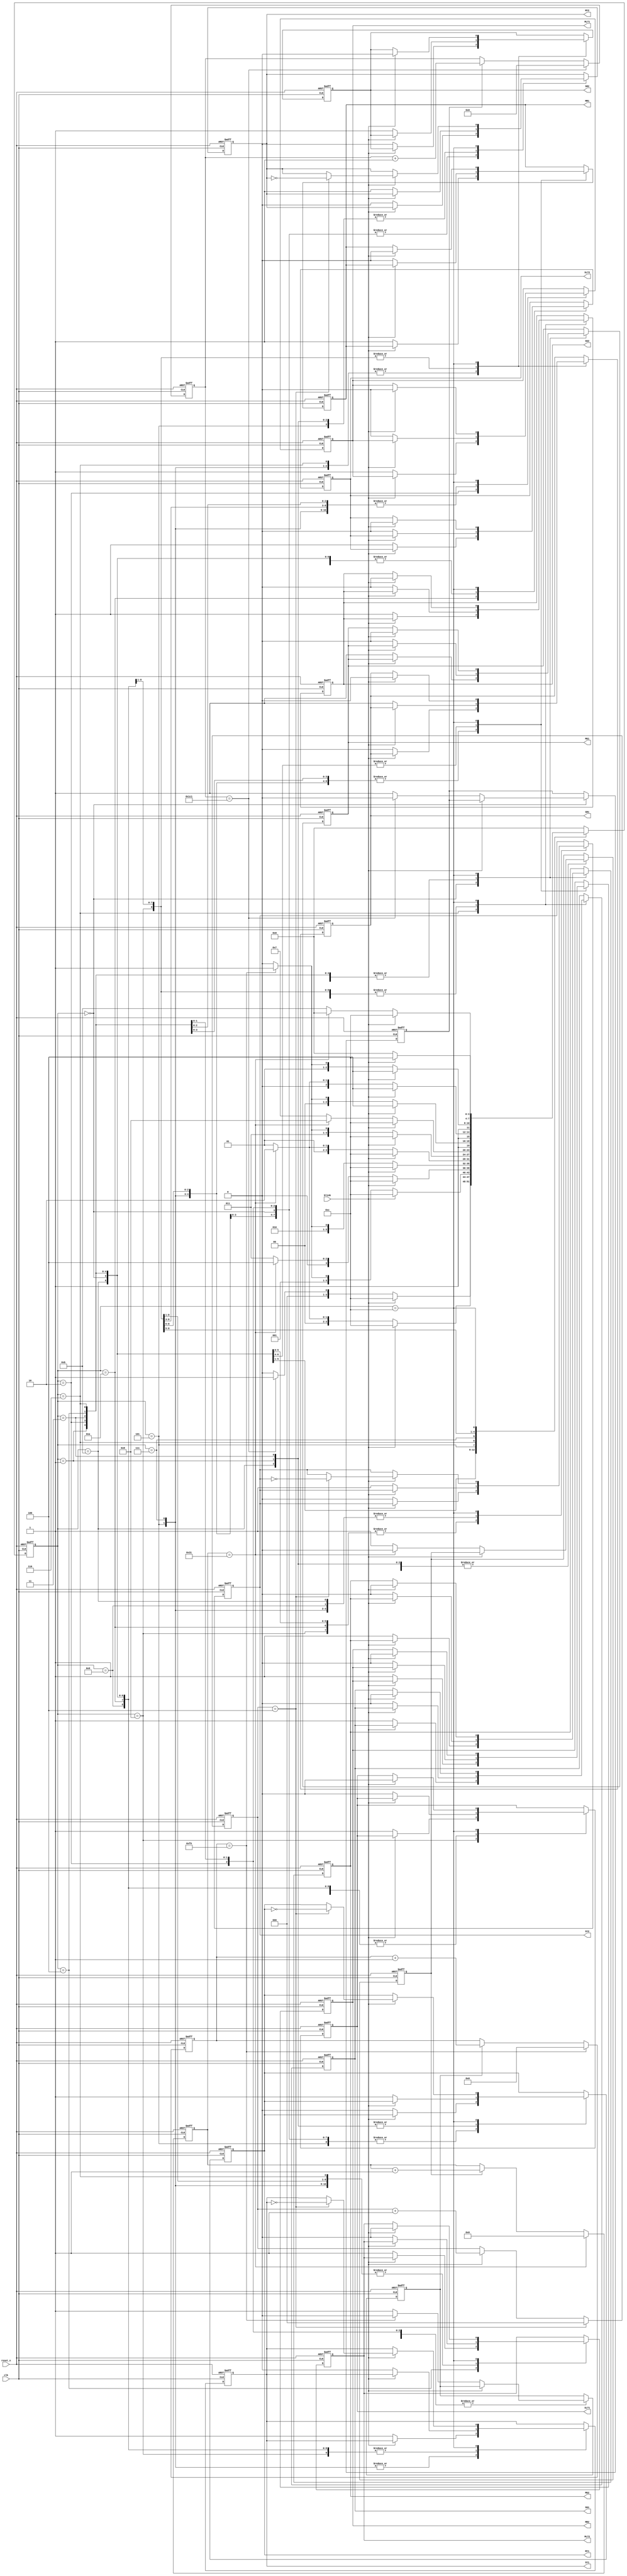
`timescale 1ns / 1ps
 
// Define the states of the controller. 
    `define S0 4'd0 
    `define S1 4'd1 
    `define S2 4'd2 
    `define S3 4'd3 
    `define S4 4'd4 
    `define S5 4'd5 
    `define S6 4'd6 
    `define S7 4'd7 
    `define S8 4'd8 
    `define S9 4'd9 
    `define S10 4'd10 
    `define S11 4'd11 
    `define S12 4'd12 
    
   
    `define load_cnt2 9'd449 
     // This is the Timer 1 count value in units of 0.1 s providing 45 s delay. 
    `define load_cnt3 6'd49 
     // This is the Timer 2 count value in units of 0.1 s providing 5 s delay. 
    `define load_cnt4 8'd249 
     // This is the Timer 3 count value in units of 0.1 s providing 25 s delay. 
    `define load_cnt5 3'd4 
     // This is the Timer 4 count value in units of 0.1 s providing 0.5 s delay. 
     // Change these if you desire different timings. 
module traffic_controller ( clk, 
     reset_n, 
     MR1, // Main Red 1 
     MR2, // Main Red 2 
     MY1, // Main Yellow 1 
     MY2, // Main Yellow 2 
     MG1, // Main Green 1 
     MG2, // Main Green 2 
     MLT1, // Main Left 1 
     MLT2, // Main Left 2 
     SR1, // Side Red 1 
     SR2, // Side Red 2 
     SY1, // Side Yellow 1 
     SY2, // Side Yellow 2 
     SG1, // Side Green 1 
     SG2, // Side Green 2 
     SLT1, // Side Left 1 
     SLT2, // Side Left 2 
     blink 
); 
// Declare inputs/outputs. 
    input clk ; 
    input reset_n ; 
    input blink ; 
    output MG1 ; // Traffic lights, main green, 
    output MG2 ; // etc. are declared as outputs. 
    output MY1 ; 
    output MY2 ; 
    output MR1 ; 
    output MR2 ; 
    output MLT1 ; //Outputs for Main road left turn. 
    output MLT2 ; 
    output SR1 ; 
    output SR2 ; 
    output SY1 ; 
    output SY2 ; 
    output SG1 ; 
    output SG2 ; 
    output SLT1 ; //Outputs for Side road left turn. 
    output SLT2 ; 
     
    // Declare nets (combinational circuit outputs). 
    wire [8:0] cnt2_next; 
    wire [5:0] cnt3_next; 
    wire [7:0] cnt4_next; 
    wire [2:0] cnt5_next; 
    // Declare registered signals. 
    //reg [21:0] cnt1_reg ; 
    reg [8:0] cnt2_reg ; 
    reg [5:0] cnt3_reg ; 
    reg [7:0] cnt4_reg ; 
    reg [2:0] cnt5_reg ; 
    reg start_timer_1 ;  //45
    reg start_timer_2 ;  //25
    reg start_timer_3 ;  //5
    reg [3:0] state ; 
    reg MR1 ; 
    reg MR2 ; 
    reg MY1 ; 
    reg MY2 ; 
    reg MG1 ; 
    reg MG2 ; 
    reg MLT1 ; 
    reg MLT2 ; 
    reg SR1 ; 
    reg SR2 ; 
    reg SY1 ; 
    reg SY2 ; 
    reg SG1 ; 
    reg SG2 ; 
    reg SLT1 ; 
    reg SLT2 ; 
    // Timer implementation
    /* 
    This is the Timer 1, programmed for 45 s in order to facilitate the smooth running of the main road traffic. 
    */ 
    
    assign cnt2_next = cnt2_reg + 1 ; // Pre-increment the counter. 
    always @ (posedge clk or negedge reset_n) 
    begin 
    if (reset_n == 1'b0) 
        cnt2_reg <= 9'd0 ; // Initialize when the system is reset. 
    else if (cnt2_reg == `load_cnt2) 
        cnt2_reg <= 9'd0 ; // Reset if terminal count is reached. 
    else if (start_timer_1 == 1'b1) 
        cnt2_reg <= cnt2_next ; 
    // 45 s timer - advance the count once if 
    // the timer is still running. 
    else 
        cnt2_reg <= cnt2_reg ; // Otherwise, don't disturb. 
    end 
    /* 
     This is the Timer 2, programed for 5 s (activating yellow lights) for the 
     smooth transition while switching from one traffic to another. 
    */ 
    assign cnt3_next = cnt3_reg + 1 ; // Pre-increment the counter. 
    always @ (posedge clk or negedge reset_n) 
    begin 
     if (reset_n == 1'b0) 
        cnt3_reg <= 6'd0 ; // Initialize when the system is reset. 
     else if (cnt3_reg == `load_cnt3) 
        cnt3_reg <= 6'd0 ; // Reset if terminal count is reached. 
     else if (start_timer_2 == 1'b1) 
        cnt3_reg <= cnt3_next ; 
     // 5 s timer - advance the count once if the timer is still running. 
     else 
        cnt3_reg <= cnt3_reg ; // Otherwise, don't disturb. 
    end 
    // This is the Timer 3, programed for 25 s delay, used for

    assign cnt4_next = cnt4_reg + 1 ; // Pre-increment the counter. 
    always @(posedge clk or negedge reset_n) 
    begin 
     if (reset_n == 1'b0) 
        cnt4_reg <= 8'd0 ; // Initialize when the system is reset. 
     else if (cnt4_reg == `load_cnt4) 
        cnt4_reg <= 8'd0 ; // Reset if terminal count is reached. 
     else if (start_timer_3 == 1'b1) 
        cnt4_reg <= cnt4_next ; 
     // 25 s timer - advance the count once if the timer is still running. 
     else
        cnt4_reg <= cnt4_reg ; // Otherwise, don't disturb. 
     end 
     // This is the Timer 4, programed for 0.5 s delay, used for blinking of all 
     
     assign cnt5_next = cnt5_reg + 1 ; // Pre-increment the counter. 
     always @ (posedge clk or negedge reset_n) 
     begin 
      if (reset_n == 1'b0) 
        cnt5_reg <= 3'd0 ; // Initialize when the system is reset. 
      else if (cnt5_reg == `load_cnt5) 
        cnt5_reg <= 3'd0 ; // Reset if terminal count is reached. 
      else if (blink == 1'b1) 
        cnt5_reg <= cnt5_next ; 
     // Advance the count once if the timer is still running. 
      else 
        cnt5_reg <= cnt5_reg ; // Otherwise, don't disturb. 
     end 
 // Traffic lights state machine 
     always @ (posedge clk or negedge reset_n) 
     begin 
     if (reset_n == 1'b0) 
      begin // Switch OFF all lights to start with. 
          MR1 <= 1'b0 ; 
          MR2 <= 1'b0 ; 
          MG1 <= 1'b0 ; 
          MG2 <= 1'b0 ; 
          MY1 <= 1'b0 ; 
          MY2 <= 1'b0 ; 
          MLT1 <= 1'b0 ; 
          MLT2 <= 1'b0 ; 
          SR1 <= 1'b0 ; 
          SR2 <= 1'b0 ; 
          SY1 <= 1'b0; 
          SY2 <= 1'b0; 
          SG1 <= 1'b0 ; 
          SG2 <= 1'b0 ; 
          SLT1 <= 1'b0 ; 
          SLT2 <= 1'b0 ; 
         // Also, switch OFF the timers. 
          start_timer_1 <= 1'b0 ; 
          start_timer_2 <= 1'b0 ; 
          start_timer_3 <= 1'b0 ; 
          state <= `S0 ; 
      end // Initialize the state when the system is reset. 
  else 
  case (state) 
  `S0: 
       if (blink == 1'b1) 
        state <= `S12 ; // Change to the blink state. 
       else 
       begin 
       MG1 <= 1'b1 ; // Switch ON main 
       MG2 <= 1'b1 ; // green lights and 
       SR1 <= 1'b1 ; // side red lights. 
       SR2 <= 1'b1 ; 
       // Switch OFF all other lights not wanted. 
       MR1 <= 1'b0 ; 
       MR2 <= 1'b0 ; 
       MY1 <= 1'b0 ; 
       MY2 <= 1'b0 ; 
       MLT1 <= 1'b0; 
       MLT2 <= 1'b0; 
       SY1 <= 1'b0 ; 
       SY2 <= 1'b0 ; 
       SG1 <= 1'b0 ; 
       SG2 <= 1'b0 ; 
       SLT1 <= 1'b0 ; 
       SLT2 <= 1'b0 ; 
       if (cnt2_reg == `load_cnt2) 
       // This corresponds to 45 s timing of timer 1. 
       begin 
           start_timer_1 <= 1'b0 ; 
       // Stop the timer if the terminal count is reached. 
           state <= `S1 ; // Change the state. 
       end 
       else 
       begin 
           start_timer_1 <= 1'b1; // Otherwise, let it run. 
           state <= `S0 ; 
      // Remain in the same state until the terminal count is reached. 
       end 
       end 
  `S1: 
      if (blink == 1'b1) 
        state <= `S12 ; //Change to the blink state. 
      else 
      begin 
      // Switch ON main yellow lights and side red lights. 
          MY1 <= 1'b1 ; 
          MY2 <= 1'b1 ; 
          SR1 <= 1'b1 ; 
          SR2 <= 1'b1 ; 
          MG1 <= 1'b0 ; 
          MG2 <= 1'b0 ; 
          MR1 <= 1'b0 ; 
          MR2 <= 1'b0 ; 
          MLT1 <= 1'b0 ; 
          MLT2 <= 1'b0 ; 
          SY1 <= 1'b0 ; 
          SY2 <= 1'b0 ; 
          SG1 <= 1'b0 ; 
          SG2 <= 1'b0 ; 
          SLT1 <= 1'b0 ; 
          SLT2 <= 1'b0 ; 
       if (cnt3_reg == `load_cnt3) 
        // This corresponds to 5 s timing of timer 2. 
       begin 
           start_timer_2 <= 1'b0 ; 
           // Stop the timer if the terminal count is reached. 
           state <= `S2 ; // Change the state. 
       end 
       else 
       begin 
           start_timer_2 <= 1'b1 ; // Otherwise, let it run. 
           state <= `S1 ; 
       // Remain in the same state until the terminal count is reached. 
       end 
       end 
  `S2: 
       if (blink == 1'b1) 
           state <= `S12 ; // Change to the blink state. 
       else 
       begin // Switch ON main red lights, main road1 right, 
       // main road1 left and side red lights 
           MR1 <= 1'b1 ; 
           MR2 <= 1'b1 ; 
           MLT1 <= 1'b1 ; 
           SR1 <= 1'b1 ; 
           SR2 <= 1'b1 ; 
           // Switch OFF all other lights not wanted. 
           MY1 <= 1'b0 ; 
           MY2 <= 1'b0 ; 
           MG1 <= 1'b0 ; 
           MG2 <= 1'b0 ; 
           MLT2 <= 1'b0 ; 
           SY1 <= 1'b0 ; 
           SY2 <= 1'b0 ; 
           SG1 <= 1'b0 ; 
           SG2 <= 1'b0 ; 
           SLT1 <= 1'b0 ; 
           SLT2 <= 1'b0 ; 
           if (cnt4_reg == `load_cnt4) 
            // This corresponds to 25 s timing of timer 3. 
            begin 
                start_timer_3 <= 1'b0 ; 
            // Stop the timer if the terminal count is reached. 
                state <= `S3 ; // Change the state. 
            end 
            else 
            begin 
                start_timer_3 <= 1'b1 ; 
                // Otherwise, let it run. 
                state <= `S2 ; 
            // Remain in the same state until the terminal count is reached. 
    end 
    end 
   `S3: 
        if (blink == 1'b1) 
            state <= `S12 ; // Change to the blink state. 
        else 
        begin 
        // Switch ON main red, main road1 yellow light and side red lights. 
            MR1 <= 1'b1 ; 
            MR2 <= 1'b1 ; 
            MY1 <= 1'b1 ; 
            MY2 <= 1'b1 ; 
            SR1 <= 1'b1 ; 
            SR2 <= 1'b1 ; 
            // Switch OFF all other lights not wanted. 
            MG1 <= 1'b0 ; 
            MG2 <= 1'b0 ; 
            MLT1 <= 1'b0 ; 
            MLT2 <= 1'b0 ; 
            SG1 <= 1'b0 ; 
            SG2 <= 1'b0 ; 
            SY1 <= 1'b0 ; 
            SY2 <= 1'b0 ; 
            SLT1 <= 1'b0 ;
            SLT2 <= 1'b0 ; 
            if (cnt3_reg == `load_cnt3) 
         // This corresponds to 5 s timing of timer 2. 
            begin 
                start_timer_2 <= 1'b0 ; 
            // Stop the timer if the terminal count is reached. 
            state <= `S4 ; // Change the state. 
            end 
            else 
            begin 
                start_timer_2 <= 1'b1 ; // Otherwise, let it run. 
                 state <= `S3 ; 
            // Remain in the same state until the terminal count is reached. 
             end 
        end 
  `S4: 
         if (blink == 1'b1) 
            state <= `S12 ; // Change to the blink state. 
         else 
         begin 
             // Main red lights continue to be ON. Switch ON Main road 2 left, 
             // and also side red lights. 
             MR1 <= 1'b1 ; 
             MR2 <= 1'b1 ; 
             MLT2 <= 1'b1 ; 
             SR1 <= 1'b1 ; 
             SR2 <= 1'b1 ; 
             // Switch OFF all other lights not wanted. 
             MY1 <= 1'b0 ; 
             MY2 <= 1'b0 ; 
             MG1 <= 1'b0 ; 
             MG2 <= 1'b0 ; 
             MLT1 <= 1'b0 ; 
             SY1 <= 1'b0 ; 
             SY2 <= 1'b0 ; 
             SG1 <= 1'b0 ; 
             SG2 <= 1'b0 ; 
             SLT1 <= 1'b0 ; 
             SLT2 <= 1'b0 ; 
             if (cnt4_reg == `load_cnt4) 
             // This corresponds to 25 s timing of timer 3. 
             begin 
                start_timer_3 <= 1'b0 ; 
             // Stop the timer if the terminal count is reached. 
                state <= `S5 ; 
            // Change the state. 
            end 
            else 
            begin 
                start_timer_3 <= 1'b1 ; // Otherwise, let it run. 
                state <= `S4 ; 
            // Remain in the same state until the terminal count is reached. 
            end 
            end 
  `S5: 
         if (blink == 1'b1) 
            state <= `S12 ; // Change to the blink state. 
         else 
         begin 
         // Switch ON main red lights, MY2, and side yellow lights. 
             MR1 <= 1'b1 ; 
             MR2 <= 1'b1 ; 
             MY2 <= 1'b1 ; 
             SY1 <= 1'b1 ; 
             SY2 <= 1'b1 ; 
            // Switch OFF all other lights not wanted. 
             MY1 <= 1'b0 ; 
             MG1 <= 1'b0 ; 
             MG2 <= 1'b0 ; 
             MLT1 <= 1'b0 ; 
             MLT2 <= 1'b0 ; 
             SR1 <= 1'b0 ; 
             SR2 <= 1'b0 ; 
             SG1 <= 1'b0 ; 
             SG2 <= 1'b0 ; 
             SLT1 <= 1'b0 ; 
             SLT2 <= 1'b0 ; 
         if (cnt3_reg == `load_cnt3) 
         // This corresponds to 5 s timing of timer 2. 
         begin 
             start_timer_2 <= 1'b0 ; 
             // Stop the timer if the terminal count is reached. 
             state <= `S6 ; // Change the state. 
         end 
         else 
         begin 
             start_timer_2 <= 1'b1 ; // Otherwise, let it run. 
             state <= `S5 ; 
         // Remain in the same state until the terminal count is reached. 
         end 
         end 
  `S6: 
          if (blink == 1'b1) 
            state <= `S12 ; // Change to the blink state. 
          else 
          begin 
          // Switch ON main red lights and side green lights. 
          MR1 <= 1'b1 ; 
          MR2 <= 1'b1 ; 
          SG1 <= 1'b1 ; 
          SG2 <= 1'b1 ; 
          // Switch OFF all other lights not wanted. 
          MY1 <= 1'b0 ; 
          MY2 <= 1'b0 ; 
          MG1 <= 1'b0 ; 
          MG2 <= 1'b0 ; 
          MLT1 <= 1'b0 ; 
          MLT2 <= 1'b0 ; 
          SR1 <= 1'b0 ; 
          SR2 <= 1'b0 ; 
          SY1 <= 1'b0 ; 
          SY2 <= 1'b0 ; 
          SLT1 <= 1'b0 ; 
          SLT2 <= 1'b0 ; 
          if (cnt4_reg == `load_cnt4) 
          // This corresponds to 25 s timing of timer 1. 
          begin 
            start_timer_3 <= 1'b0 ; 
          // Stop the timer if the terminal count is reached. 
            state <= `S7 ; // Change the state. 
          end 
          else 
          begin 
            start_timer_3 <= 1'b1 ; // Otherwise, let it run. 
            state <= `S6 ; 
          // Remain in the same state until the terminal count is reached. 
          end 
          end 
  `S7: 
         if (blink == 1'b1) 
            state <= `S12 ; // Change to the blink state. 
         else 
         begin // Let Main roads red be ON, 
             MR1 <= 1'b1 ; 
             MR2 <= 1'b1 ; // side roads yellow ON and 
             SY1 <= 1'b1 ; 
             SY2 <= 1'b1 ;
             MY1 <= 1'b0 ; // switch OFF all unwanted 
             MY2 <= 1'b0 ; // lights. 
             MG1 <= 1'b0 ; 
             MG2 <= 1'b0 ; 
             MLT1 <= 1'b0 ; 
             MLT2 <= 1'b0 ; 
             SR1 <= 1'b0 ; 
             SR2 <= 1'b0 ; 
             SG1 <= 1'b0 ; 
             SG2 <= 1'b0 ; 
             SLT1 <= 1'b0 ; 
             SLT2 <= 1'b0 ; 
             if (cnt3_reg == `load_cnt3) 
               // This corresponds to 5 s timing of timer 2. 
             begin 
               start_timer_2 <= 1'b0 ; 
               // Stop the timer if the terminal count is reached. 
               state <= `S8 ; 
               // Change the state to the eighth sequence. 
             end 
           else 
           begin 
               start_timer_2 <= 1'b1 ; // Otherwise, let it run. 
               state <= `S7 ; 
           // Remain in the same state until the terminal count is reached. 
           end 
           end 
  `S8: 
       if (blink == 1'b1) 
           state <= `S12 ; // Change to the blink state. 
       else 
       begin 
           MR1 <= 1'b1 ; 
           MR2 <= 1'b1 ; // Let Main roads red be ON and 
           SR1 <= 1'b1 ; 
           SR2 <= 1'b1 ; // switch ON side roads red. 
           SLT1 <= 1'b1 ; // Also switch ON side road1 left. 
           MY1 <= 1'b0 ; // Switch OFF all unwanted lights. 
           MY2 <= 1'b0 ; 
           MG1 <= 1'b0 ; 
           MG2 <= 1'b0 ; 
           MLT1 <= 1'b0 ; 
           MLT2 <= 1'b0 ; 
           SY1 <= 1'b0 ; 
           SY2 <= 1'b0 ; 
           SG1 <= 1'b0 ; 
           SG2 <= 1'b0 ; 
           SLT2 <= 1'b0 ; 
           if (cnt4_reg == `load_cnt4) 
           // This corresponds to 10 s timing of timer 3. 
           begin 
            start_timer_3 <= 1'b0 ; 
            // Stop the timer if the terminal count is reached. 
            state <= `S9 ; // Change the state. 
           end 
           else 
           begin 
               start_timer_3 <= 1'b1 ; // Otherwise, let it run. 
               state <= `S8 ; 
            // Remain in the same state until the terminal count is reached. 
           end 
        end 
  `S9: 
        if (blink == 1'b1) 
        state <= `S12 ; // Change to the blink state. 
        else 
        begin 
        MR1 <= 1'b1 ; 
        MR2 <= 1'b1 ; // Retain Main roads red and 
        SR1 <= 1'b1 ; 
        SR2 <= 1'b1 ; // switch ON side roads red. 
        SY2 <= 1'b1 ; 
        SY1 <= 1'b1 ; // Switch ON side roads yellow. 
        // Switch OFF all unwanted lights. 
        MY1 <= 1'b0 ; 
        MY2 <= 1'b0 ; 
        MG1 <= 1'b0 ; 
        MG2 <= 1'b0 ; 
        MLT1 <= 1'b0 ; 
        MLT2 <= 1'b0 ; 
        SY1 <= 1'b0 ; 
        SG1 <= 1'b0 ; 
        SG2 <= 1'b0 ; 
        SLT1 <= 1'b0 ; 
        SLT2 <= 1'b0 ; 
        if (cnt3_reg == `load_cnt3) 
        // This corresponds to 5 s timing of timer 2. 
        begin 
            start_timer_2 <= 1'b0 ; 
            // Stop the timer if the terminal count is reached. 
            state <= `S10 ; 
        // Change the state to the first sequence. 
        end 
        else 
        begin 
            start_timer_2 <= 1'b1 ; // Otherwise, let it run. 
            state <= `S9 ; 
         // Remain in the same state until the terminal count is reached. 
        end 
       end 
  `S10: 
        if (blink == 1'b1) 
            state <= `S12 ; // Change to the blink state. 
        else 
        begin 
            MR1 <= 1'b1 ; // Retain Main roads red and 
            MR2 <= 1'b1 ; // switch ON side roads red. 
            SR1 <= 1'b1 ; 
            SR2 <= 1'b1 ; // Switch ON side road 2 left. 
            SLT2 <= 1'b1 ; //Switch OFF all other lights. 
            MY1 <= 1'b0 ; 
            MY2 <= 1'b0 ; 
            MG1 <= 1'b0 ; 
            MG2 <= 1'b0 ; 
            MLT1 <= 1'b0 ; 
            MLT2 <= 1'b0 ; 
            SY1 <= 1'b0 ; 
            SY2 <= 1'b0 ; 
            SG1 <= 1'b0 ; 
            SG2 <= 1'b0 ; 
            SLT1 <= 1'b0 ; 
            if (cnt4_reg == `load_cnt4) 
            // This corresponds to 10 s timing of timer 3. 
            begin 
                start_timer_3 <= 1'b0 ; 
               // Stop the timer if the terminal count is reached. 
                state <= `S11 ; // Change the state. 
            end 
            else 
            begin 
                start_timer_3 <= 1'b1 ; // Otherwise, let it run. 
                state <= `S10 ; 
            // Remain in the same state until the terminal count is reached. 
            end 
          end 
  `S11: 
         if (blink == 1'b1) 
            state <= `S12 ; // Change to the blink state.
         else 
         begin 
             MY1 <= 1'b1 ; // Switch ON Main roads yellow, 
             MY2 <= 1'b1 ; // side roads red, SY2 and 
             SR1 <= 1'b1 ; 
             SR2 <= 1'b1 ; 
             SY2 <= 1'b1 ; 
             SY1 <= 1'b0 ; // all other lights OFF. 
             MR1 <= 1'b0 ; 
             MR2 <= 1'b0 ; 
             MG1 <= 1'b0 ; 
             MG2 <= 1'b0 ; 
             MLT1 <= 1'b0 ; 
             MLT2 <= 1'b0 ; 
             SG1 <= 1'b0 ; 
             SG2 <= 1'b0 ; 
             SLT1 <= 1'b0 ; 
             SLT2 <= 1'b0 ; 
             if (cnt3_reg == `load_cnt3) 
              // This corresponds to 5 s timing of timer 2. 
             begin 
                start_timer_2 <= 0 ; 
              // Stop the timer if the terminal count is reached. 
                state <= `S0 ; 
              // Change the state to the first sequence. 
             end 
             else 
             begin 
                 start_timer_2 <= 1'b1 ; // Otherwise, let it run. 
                 state <= `S11 ; 
             // Remain in the same state until the terminal count is reached. 
             end 
          end 
  `S12: 
          if (blink == 1'b1) 
          begin 
              begin
              MR1 <= 1'b0 ; // Switch OFF all lights 
              MR2 <= 1'b0 ; // except yellow. 
              MG1 <= 1'b0 ; 
              MG2 <= 1'b0 ; 
              MLT1 <= 1'b0 ; 
              MLT2 <= 1'b0 ; 
              SR1 <= 1'b0 ; 
              SR2 <= 1'b0 ; 
              SG1 <= 1'b0 ; 
              SG2 <= 1'b0 ; 
              SLT1 <= 1'b0 ; 
              SLT2 <= 1'b0 ; 
              end 
          if(cnt5_reg == `load_cnt5) 
          begin // Blink all yellow lights. 
               SY1 <= ~SY1 ; 
               SY2 <= ~SY2 ; 
               MY1 <= ~MY1 ; 
               MY2 <= ~MY2 ; 
               state <= `S12 ; 
               // Remain in the same state until the terminal count is reached. 
          end 
          else 
              state <= `S12 ; 
        end 
     
       else 
          state <= `S0 ; // Change the state to the first sequence. 
      default: state <= `S0 ; 
   endcase 
   end 
endmodule